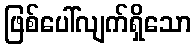
ဖြစ်ပေါ်လျက်ရှိသော